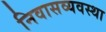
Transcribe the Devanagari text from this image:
निवासव्यवस्था